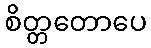
စိတ္တတောပေ